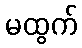
မထွက်